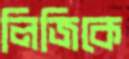
লিজিকে